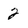
Character: 2